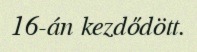
16-án kezdődött.